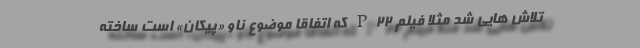
تلاش هایی شد مثلاً فیلم P22 که اتفاقاً موضوع ناو «پیکان» است ساخته